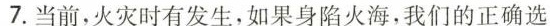
7.当前，火灾时有发生，如果身陷火海，我们的正确选